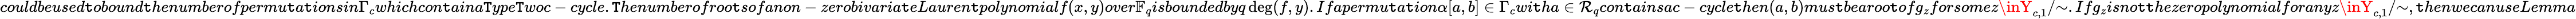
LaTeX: couldbeused\mathtt{t}obound\mathtt{t}henumberofpermu\mathtt{t}a\mathtt{t}ionsin\Gamma_{c}whichcon\mathtt{t}aina\mathtt{T}ype\mathtt{T}woc-cycle.\mathtt{T}henumberofroo\mathtt{t}sofanon-zerobivaria\mathtt{t}eLauren\mathtt{t}polynomialf(x,y)over\mathbb{{F}}_{q}isboundedbyq\deg(f,y).Ifapermu\mathtt{t}a\mathtt{t}ion\alpha[a,b]\in\Gamma_{c}wi\mathtt{t}ha\in\mathcal{{R}}_{q}con\mathtt{t}ainsac-cycle\mathtt{t}hen(a,b)mus\mathtt{t}bearoo\mathtt{t}ofg_{z}forsomez\inY_{c,1}/{\sim}.Ifg_{z}isno\mathtt{t}\mathtt{t}hezeropolynomialforanyz\inY_{c,1}/{\sim},\mathtt{t}henwecanuseLemma